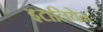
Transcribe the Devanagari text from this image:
इटालियेन